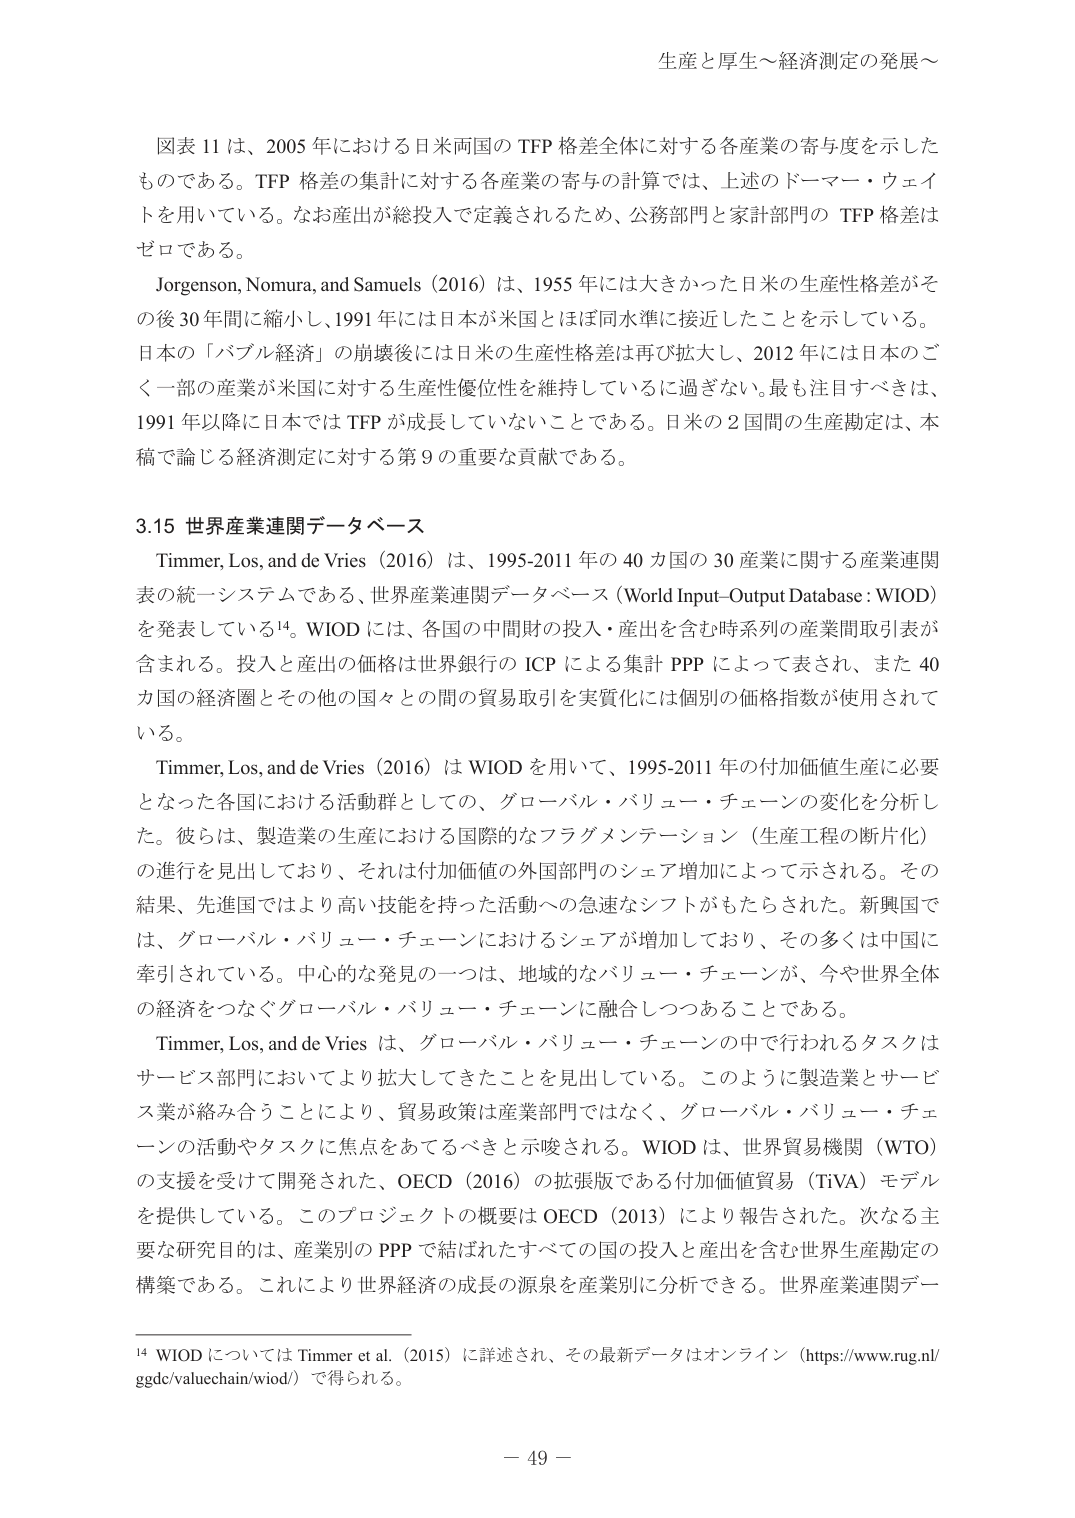
生産と厚生～経済測定の発展～

図表 11 は、2005 年における日米両国の TFP 格差全体に対する各産業の寄与度を示したものである。TFP 格差の集計に対する各産業の寄与の計算では、上述のドーマー・ウェイトを用いている。なお産出が総投入で定義されるため、公務部門と家計部門の TFP 格差はゼロである。

Jorgenson, Nomura, and Samuels (2016) は、1955 年には大きかった日米の生産性格差がその後 30 年間に縮小し、1991 年には日本が米国とほぼ同水準に接近したことを示している。日本の「バブル経済」の崩壊後には日米の生産性格差は再び拡大し、2012 年には日本のごく一部の産業が米国に対する生産性優位性を維持しているに過ぎない。最も注目すべきは、1991 年以降に日本では TFP が成長していないことである。日米の 2 国間の生産勘定は、本稿で論じる経済測定に対する第 9 の重要な貢献である。

3.15 世界産業連関データベース

Timmer, Los, and de Vries (2016) は、1995-2011 年の 40 カ国の 30 産業に関する産業連関表の統一システムである、世界産業連関データベース (World Input-Output Database : WIOD) を発表している¹⁴。WIOD には、各国の中間財の投入・産出を含む時系列の産業間取引表が含まれる。投入と産出の価格は世界銀行の ICP による集計 PPP によって表され、また 40 カ国の経済圏とその他の国々との間の貿易取引を実質化には個別の価格指数が使用されている。

Timmer, Los, and de Vries (2016) は WIOD を用いて、1995-2011 年の付加価値生産に必要となった各国における活動群としての、グローバル・バリュー・チェーンの変化を分析した。彼らは、製造業の生産における国際的なフラグメンテーション（生産工程の断片化）の進行を見出しており、それは付加価値の外国部門のシェア増加によって示される。その結果、先進国ではより高い技能を持った活動への急速なシフトがもたらされた。新興国では、グローバル・バリュー・チェーンにおけるシェアが増加しており、その多くは中国に牽引されている。中心的な発見の一つは、地域的なバリュー・チェーンが、今や世界全体の経済をつなぐグローバル・バリュー・チェーンに融合しつつあることである。

Timmer, Los, and de Vries は、グローバル・バリュー・チェーンの中で行われるタスクはサービス部門においてより拡大してきたことを見出している。このように製造業とサービス業が絡み合うことにより、貿易政策は産業部門ではなく、グローバル・バリュー・チェーンの活動やタスクに焦点をあてるべきと示唆される。WIOD は、世界貿易機関（WTO）の支援を受けて開発された、OECD (2016) の拡張版である付加価値貿易（TIVA）モデルを提供している。このプロジェクトの概要は OECD (2013) により報告された。次なる主要な研究目的は、産業別の PPP で結ばれたすべての国の投入と産出を含む世界生産勘定の構築である。これにより世界経済の成長の源泉を産業別に分析できる。世界産業連関デー

¹⁴ WIOD については Timmer et al. (2015) に詳述され、その最新データはオンライン（https://www.rug.nl/ggdc/valuechain/wiod/）で得られる。

－ 49 －